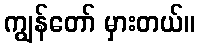
ကျွန်တော် မှားတယ်။